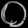
Digit: ၀